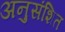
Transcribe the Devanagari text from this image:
अनुसंशित